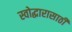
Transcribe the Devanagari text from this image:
स्वोद्धारासाठी